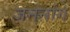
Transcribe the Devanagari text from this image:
जननांगे